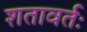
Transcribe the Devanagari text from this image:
शतावर्तः